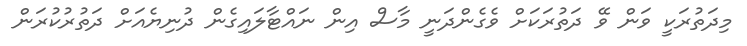
މިދަތުރަކީ ވަން ވޭ ދަތުރަކަށް ވެގެންދަނީ މާސް އިން ނައްޓާލައިގެން ދުނިޔެއަށް ދަތުރުކުރަން